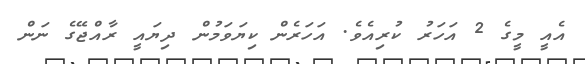
އެއީ މީގެ 2 އަހަރު ކުރިއެވެ. އަހަރެން ކިޔަވަމުން ދިޔައީ ރާއްޖޭގެ ނަން